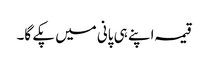
قیمہ اپنے ہی پانی میں پکے گا۔